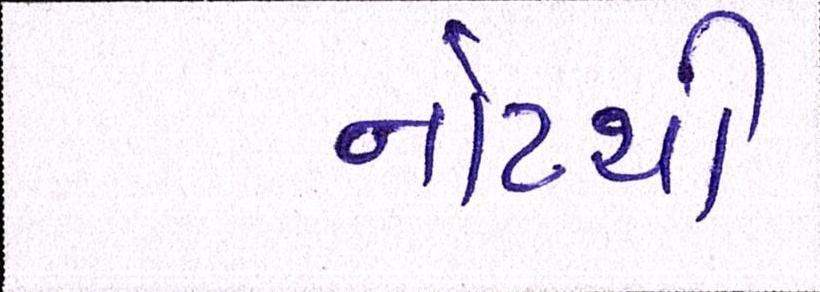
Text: નોટથી